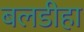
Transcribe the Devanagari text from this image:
बलडीहा